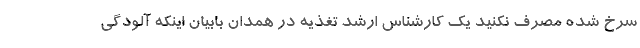
سرخ شده مصرف نکنید یک کارشناس ارشد تغذیه در همدان بابیان اینکه آلودگی